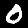
Digit: 0